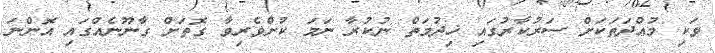
ވަކި މުއްދަތަކަށް ސަރުކާރުގައި ޚިދުމަތް ނުކުރާ ނަމަ ކުށްވެރިވާ ގޮތަށް ގާނޫނެއްގައި އޮންނަ